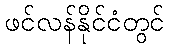
ဖင်လန်နိုင်ငံတွင်